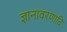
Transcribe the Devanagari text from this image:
ज्ञानावरणादि